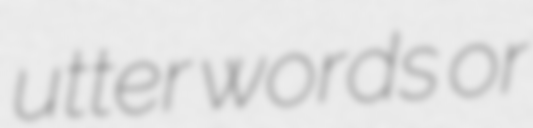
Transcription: utter words or